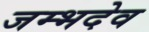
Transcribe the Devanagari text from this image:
जम्भदेव